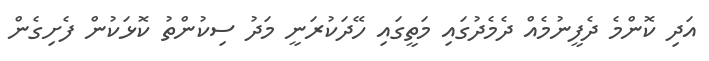
އަދި ކޮންމެ ދެފީނުމެއް ދެމެދުގައި މަތީގައި ހޭދަކުރަނީ މަދު ސިކުންތު ކޮޅަކުން ފެށިގެން